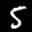
Label: 5